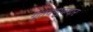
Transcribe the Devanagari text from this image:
गुंतवणुकदार